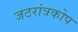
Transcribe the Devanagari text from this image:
जठरांत्रकोप